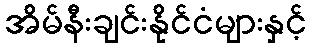
အိမ်နီးချင်းနိုင်ငံများနှင့်